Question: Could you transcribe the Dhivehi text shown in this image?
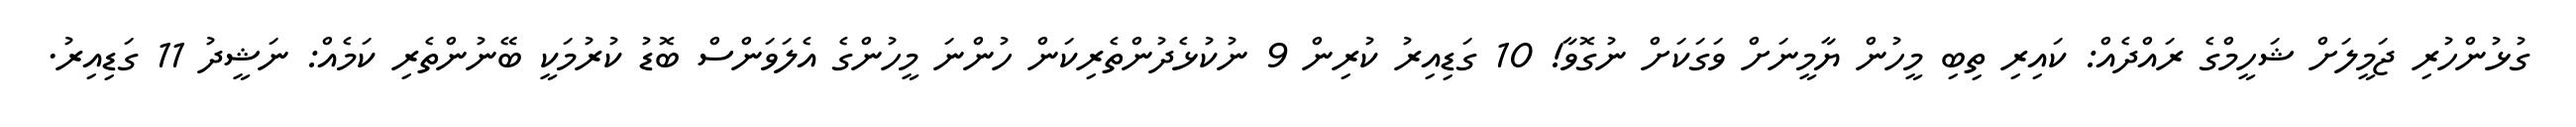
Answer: ގުޅުންހުރި ޖަމީލަށް ޝަހީމްގެ ރައްދެއް: ކައިރި ތިބި މީހުން ޔާމީނަށް ވަގަކަށް ނުގޮވާ! 10 ގަޑިއިރު ކުރިން 9 ނުކުޅެދުންތެރިކަން ހުންނަ މީހުންގެ އެލަވަންސް ބޮޑު ކުރުމަކީ ބޭނުންތެރި ކަމެއް: ނަޝީދު 11 ގަޑިއިރު.